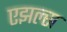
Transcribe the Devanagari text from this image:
एझल्स